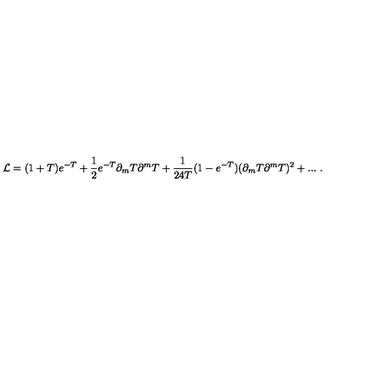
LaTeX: { \cal L } = ( 1 + T ) e ^ { - T } + { \frac { 1 } { 2 } } e ^ { - T } \partial _ { m } T \partial ^ { m } T + { \frac { 1 } { 2 4 T } } ( 1 - e ^ { - T } ) ( \partial _ { m } T \partial ^ { m } T ) ^ { 2 } + . . . \ .